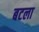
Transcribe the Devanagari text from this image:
बटला